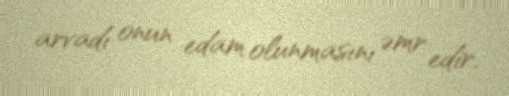
arvadı onun edam olunmasını əmr edir.